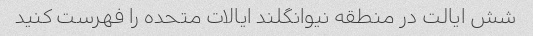
شش ایالت در منطقه نیوانگلند ایالات متحده را فهرست کنید